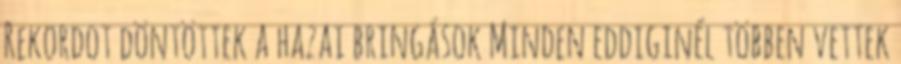
Rekordot döntöttek a hazai bringások Minden eddiginél többen vettek